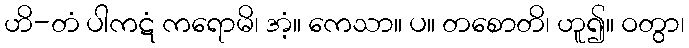
ဟိ-တံ ပါကဋံ ကရောမိ၊ အံ့။ ကေသာ။ ပ။ တစောတိ၊ ဟူ၍။ ဝတွာ၊